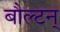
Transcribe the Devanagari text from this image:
बौल्‍टन्‌